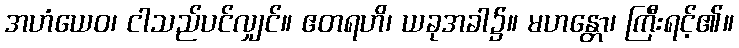
အဟံယေဝ၊ ငါသည်ပင်လျှင်။ ဧတရဟိ၊ ယခုအခါ၌။ မဟန္တော၊ ကြီးရင့်၏။